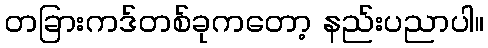
တခြားကဒ်တစ်ခုကတော့ နည်းပညာပါ။